Medical and sanitary report of the native army of Bengal for the year
Year: 1876
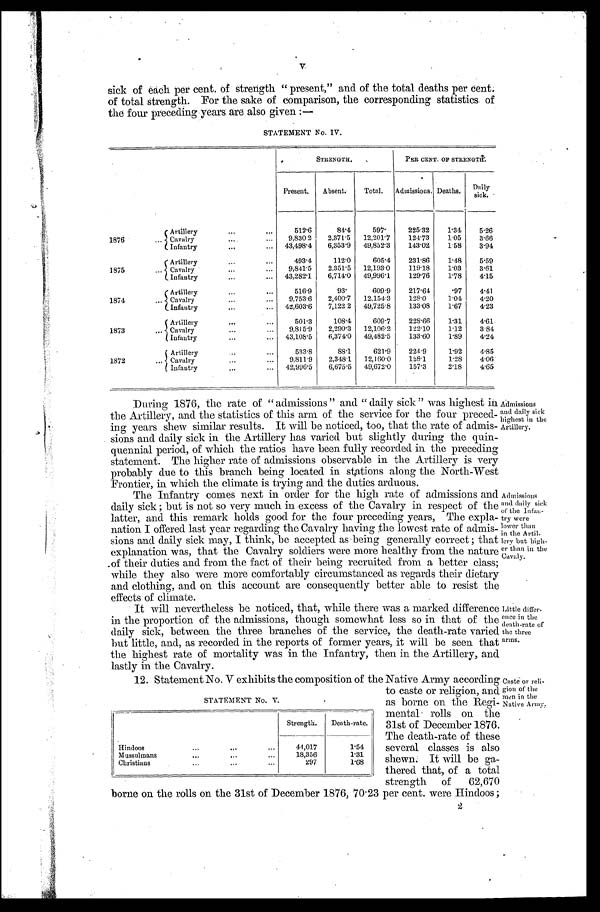
V.
sick of each per cent. of strength "present," and of the total deaths per cent.
of total strength. For the sake of comparison, the corresponding statistics of
the four preceding years are also given:-
STATEMENT No. IV.
STRENGTH.
PER CENT. OF STRENGTH.
Present. Absent.
Total.
A d m i s s i o n s . Deaths. D a i l y s i c k .
1876
Artillery
512.6
84.4
597.
225.32
1.34 5.26
Cavalry
9,830.2 2,371.5 12,201.7 124.73
1.05
3.66
Infantry
43,498.4 6,353.9 49,852.3
143.02 1.58
3.94
1875
Artillery
493.4
112.0
605.4
231.86
1.48
5.59
C a v a l r y 9,841.5
2,351.5 12,193.0
119.18
1.03
3.61
Infantry
43,282.1 6,714.0 49,996.1
129.76
1.78
4.15
1874
Artillery
516.9
93.
609.9
217.64
.97
4.41
Cavalry
9,753.6 2,400.7 12,154.3
128.0
1.04 4.20
Infantry
42,603.6 7,122.2 49,725.8
133.08
1.67
4.23
1873
Artillery
501.3
108.4
609.7
228.66
1.31
4.61
Cavalry
9,815.9 2,290.3 12,106.2 122.10
1.12
3.84
Infantry
43,108.5 6,374.0 49,482.5 133.60
1.89
4.24
1872
Artillery
533.8
88.1
621.9
224.9
1.92
4.85
Cavalry
9,811.9 2,348.1 12,160.0 128.1
1.28
4.06
Infantry
42,996.5 6,675.5 49,672.0 157.3
2.18
4.65
During 1876, the rate of "admissions" and "daily sick" was highest in
the Artillery, and the statistics of this arm of the service for the four preced
-ing years show similar results. It will be noticed, too, that the rate of admis
-sions and daily sick in the Artillery has varied but slightly during the quin
- q u e n n i a l p e r i o d , o f w h i c h t h e r a t i o s h a v e b e e n f u l l y r e c o r d e d i n t h e p r e c e d i n g
statement. The higher rate of admissions observable in the Artillery is very
probably due to this branch being located in stations along the North-West
Frontier, in which the climate is trying and the duties arduous.
The Infantry comes next in order for the high rate of admissions and
daily sick; but is not so very much in excess of the Cavalry in respect of the
latter, and this remark holds good for the four preceding years, The expla
-nation I offered last year regarding the Cavalry having the lowest rate of admis
-sions and daily sick may, I think, be accepted as being generally correct; that
explanation was, that the Cavalry soldiers were more healthy from the nature
of their duties and from the fact of their being recruited from a better class;
while they also were more comfortably circumstanced as regards their dietary
and clothing, and on this account are consequently better able to resist the
effects of climate.
It will nevertheless be noticed, that, while there was a marked difference
in the proportion of the admissions, though somewhat less so in that of the
daily sick, between the three branches of the service, the death-rate varied
but little, and, as recorded in the reports of former years, it will be seen that
the highest rate of mortality was in the Infantry, then in the Artillery, and
lastly in the Cavalry.
A d d m i s s i o n s a n d d a i l y s i c k
h i g h e s t i n t h e
Artillery.
Admissions
and daily sick
of the Infan
-try were
lower than
in the Artil
-lery but high
-er than in the
Cavaly.
Little differ
-ence in the
death-rate of
the three
arms.
to caste or religion, and
as borne on the Regi
- m e n t a l r o l l s o n t h e
31st of December 1876.
The death-rate of these
several classes is also
shewn. It will be ga
- t h e r e d t h a t , o f a t o t a l
strength of 62,670
borne on the rolls on the 31st of December 1876, 70.23 per cent. were Hindoos;
12. Statement No. V exhibits the composition of the Native Army according Caste or reli
-gion of the
men in the
Native Army.
STATEMENT No. V.
Strength. Death-rate.
Hindoos
44,017
1.54
Mussulmans
18,356
1.31
Christians
297
1.68